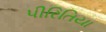
પીરિતિયા